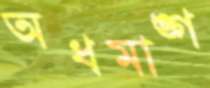
অধমাঙ্গ